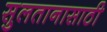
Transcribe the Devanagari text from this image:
सुलतानासाठी